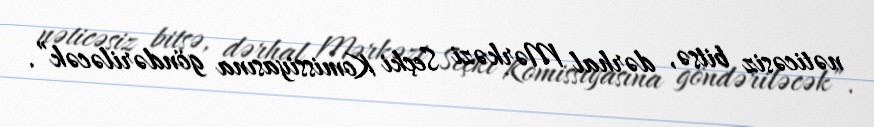
nəticəsiz bitsə, dərhal Mərkəzi Seçki Komissiyasına göndəriləcək”.